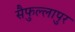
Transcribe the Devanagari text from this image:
सैफुल्लापुर